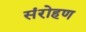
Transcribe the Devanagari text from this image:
संरोहण